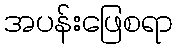
အပန်းဖြေစရာ